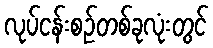
လုပ်ငန်းစဉ်တစ်ခုလုံးတွင်